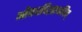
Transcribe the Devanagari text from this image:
अाैषधविज्ञानविद्